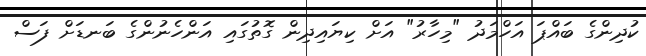
ކުދިންގެ ބައްޕަ އަހްމަދު "މިހާރު" އަށް ކިޔައިދިން ގޮތުގައި އަންހެނުންގެ ބަނޑަށް ފަސް